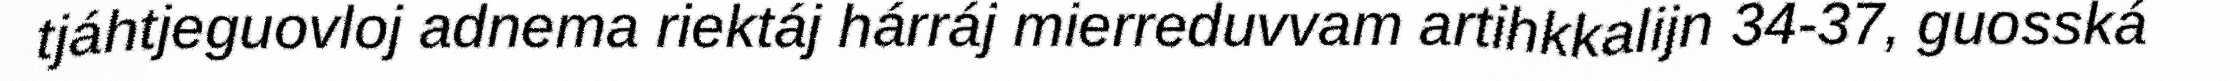
tjáhtjeguovloj adnema riektáj hárráj mierreduvvam artihkkalijn 34-37, guosská